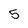
Character: 5